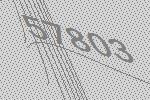
57803